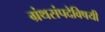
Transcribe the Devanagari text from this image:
ग्रंथसंपदेविषयी